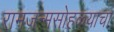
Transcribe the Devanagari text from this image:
रामजन्मसोहळ्याचा